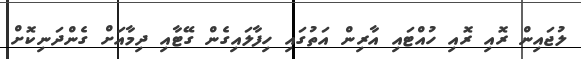
ލުޖައިން ރޮއި ރޮއި ހުއްޓައި އާރިން އަތުގައި ހިފާލައިގެން ގޭޓާއި ދިމާއަށް ގެންދަނިކޮށް